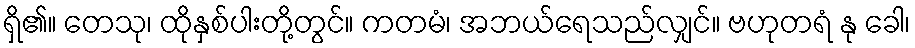
ရှိ၏။ တေသု၊ ထိုနှစ်ပါးတို့တွင်။ ကတမံ၊ အဘယ်ရေသည်လျှင်။ ဗဟုတရံ နု ခေါ၊